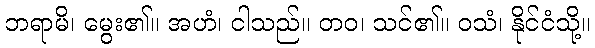
ဘရာမိ၊ မွေး၏။ အဟံ၊ ငါသည်။ တဝ၊ သင်၏။ ဝသံ၊ နိုင်ငံသို့။